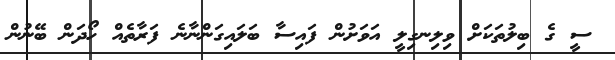
ސީ ގެ ބިލުތަކަށް ވިލިނގިލީ އަވަށުން ފައިސާ ބަލައިގަންނާނެ ފަރާތެއް ހޯދަން ބޭނުން